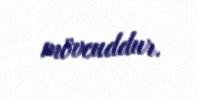
mövcuddur.